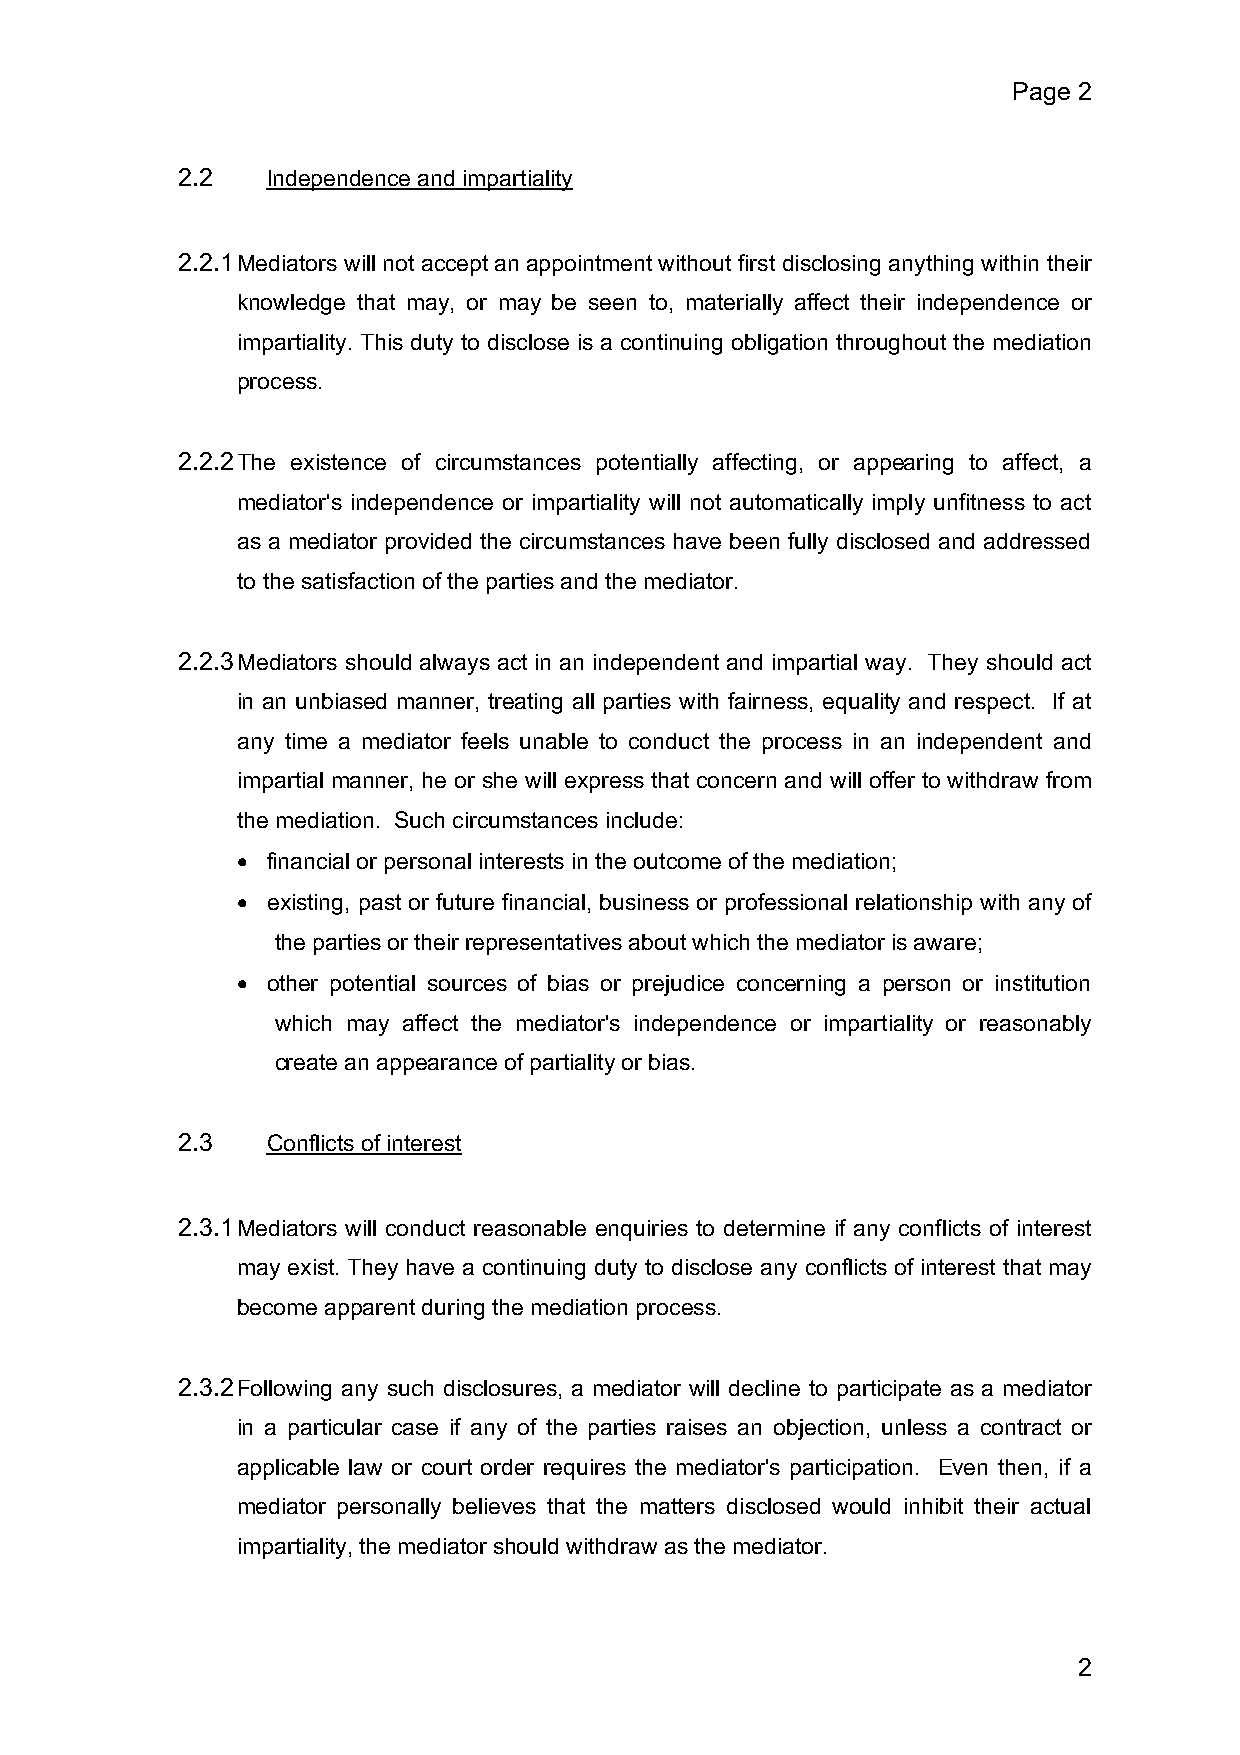
Page 2
 2.2   Independence and impartiality
 2.2.1 Mediators will not accept an appointment without first disclosing anything within their
 knowledge that may, or may be seen to, materially affect their independence or
 impartiality. This duty to disclose is a continuing obligation throughout the mediation
 process.
 2.2.2 The existence of circumstances potentially affecting, or appearing to affect, a
 mediator's independence or impartiality will not automatically imply unfitness to act
 as a mediator provided the circumstances have been fully disclosed and addressed
 to the satisfaction of the parties and the mediator.
 2.2.3 Mediators should always act in an independent and impartial way. They should act
 in an unbiased manner, treating all parties with fairness, equality and respect. If at
 any time a mediator feels unable to conduct the process in an independent and
 impartial manner, he or she will express that concern and will offer to withdraw from
 the mediation. Such circumstances include:
 • financial or personal interests in the outcome of the mediation;
 • existing, past or future financial, business or professional relationship with any of
 the parties or their representatives about which the mediator is aware;
 • other potential sources of bias or prejudice concerning a person or institution
 which may affect the mediator's independence or impartiality or reasonably
 create an appearance of partiality or bias.
 2.3   Conflicts of interest
 2.3.1 Mediators will conduct reasonable enquiries to determine if any conflicts of interest
 may exist. They have a continuing duty to disclose any conflicts of interest that may
 become apparent during the mediation process.
 2.3.2 Following any such disclosures, a mediator will decline to participate as a mediator
 in a particular case if any of the parties raises an objection, unless a contract or
 applicable law or court order requires the mediator's participation. Even then, if a
 mediator personally believes that the matters disclosed would inhibit their actual
 impartiality, the mediator should withdraw as the mediator.
 2